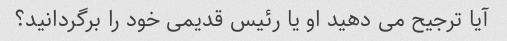
آیا ترجیح می دهید او یا رئیس قدیمی خود را برگردانید؟